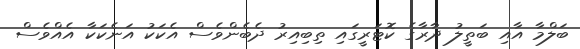
ބަލްމާ އާއި ބަތީލު ދާރާގެ ކޮޓަރީގައި ތިބިއިރު ދެބެންވެސް އެކަކު އަނެކަކާ އެއްވެސް